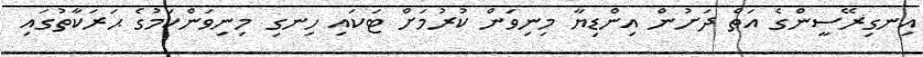
އިނގިރޭސީންގެ އަތް ދަށުން އިންޑިޔާ މިނިވަން ކުރުމަށް ޓަކައި ހިނގި މިނިވަންކަމުގެ ޙަރަކާތުގައި